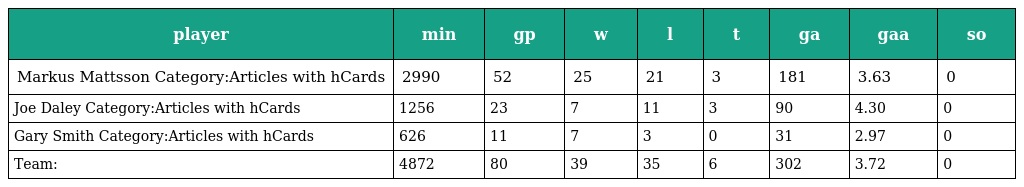
| player | min | gp | w | l | t | ga | gaa | so |
 | --- | --- | --- | --- | --- | --- | --- | --- | --- |
 | Markus Mattsson Category:Articles with hCards | 2990 | 52 | 25 | 21 | 3 | 181 | 3.63 | 0 |
 | Joe Daley Category:Articles with hCards | 1256 | 23 | 7 | 11 | 3 | 90 | 4.30 | 0 |
 | Gary Smith Category:Articles with hCards | 626 | 11 | 7 | 3 | 0 | 31 | 2.97 | 0 |
 | Team: | 4872 | 80 | 39 | 35 | 6 | 302 | 3.72 | 0 |